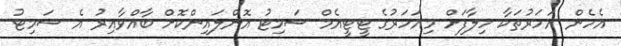
އެހެން އަހަރުތަކާ ހިލާފަށް މިއަހަރުގެ ޓީޓީއެމް ސަމިޓު އޮންލައިންކޮށް ބާއްވާއިރު އެ ސަމިޓު